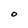
Character: O